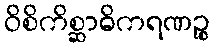
ဝိစိကိစ္ဆာဓိကရဏဉ္စ